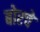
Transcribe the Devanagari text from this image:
बोरचे